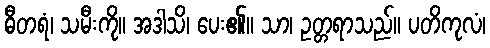
ဓီတရံ၊ သမီးကို။ အဒါသိ၊ ပေး၏။ သာ၊ ဥတ္တရာသည်။ ပတိကုလံ၊